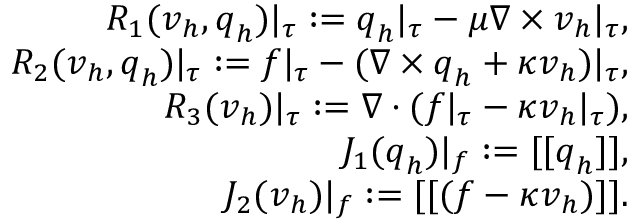
\begin{array} { r l r } & { } & { R _ { 1 } ( \boldsymbol { v } _ { h } , \boldsymbol { q } _ { h } ) \vert _ { \tau } : = \boldsymbol { q } _ { h } \vert _ { \tau } - \mu \nabla \times \boldsymbol { v } _ { h } \vert _ { \tau } , } \\ & { } & { R _ { 2 } ( \boldsymbol { v } _ { h } , \boldsymbol { q } _ { h } ) \vert _ { \tau } : = \boldsymbol { f } \vert _ { \tau } - ( \nabla \times \boldsymbol { q } _ { h } + \kappa \boldsymbol { v } _ { h } ) \vert _ { \tau } , } \\ & { } & { R _ { 3 } ( \boldsymbol { v } _ { h } ) \vert _ { \tau } : = \nabla \cdot ( \boldsymbol { f } \vert _ { \tau } - \kappa \boldsymbol { v } _ { h } \vert _ { \tau } ) , } \\ & { } & { J _ { 1 } ( \boldsymbol { q } _ { h } ) \vert _ { f } : = [ [ \boldsymbol { q } _ { h } ] ] , } \\ & { } & { J _ { 2 } ( \boldsymbol { v } _ { h } ) \vert _ { f } : = [ [ ( \boldsymbol { f } - \kappa \boldsymbol { v } _ { h } ) ] ] . } \end{array}